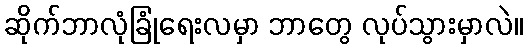
ဆိုက်ဘာလုံခြုံရေးလမှာ ဘာတွေ လုပ်သွားမှာလဲ။